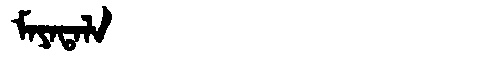
Manchu: ᠮᠠᠶᠠᡨᠠᠯᠠ
Romanization: MAYATALA